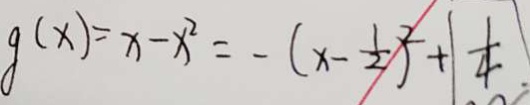
g ( x ) = x - x ^ { 2 } = - ( x - \frac { 1 } { 2 } ) ^ { 2 } + \vert \frac { 1 } { 4 } \vert